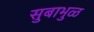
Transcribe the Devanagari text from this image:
सुबाभुळ